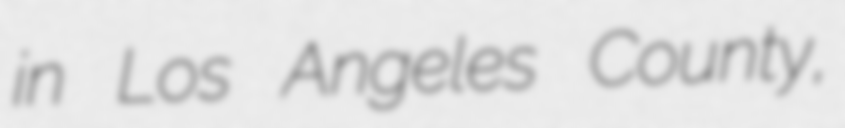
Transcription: in Los Angeles County,